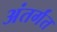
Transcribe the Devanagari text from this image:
अंतर्गंत